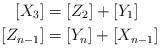
LaTeX: \begin{align*} [X_3]&=[Z_2]+[Y_1]\\ [Z_{n-1}]&=[Y_n]+[X_{n-1}]\end{align*}